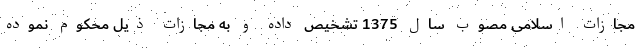
مجازات اسلامی مصوب سال 1375 تشخیص داده و به مجازات ذیل محکوم نموده